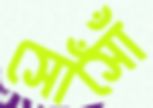
সোঁসোঁ